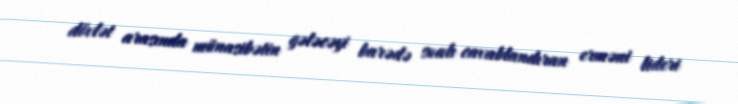
dövlət arasında münasibətin gələcəyi barədə sualı cavablandıran erməni lideri